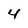
Character: 4